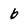
Character: b